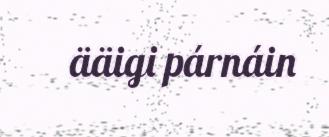
ääigi párnáin